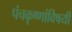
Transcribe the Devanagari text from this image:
पंचकृष्णांविषयी